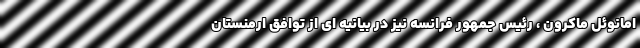
امانوئل ماکرون ، رئیس جمهور فرانسه نیز در بیانیه ای از توافق ارمنستان